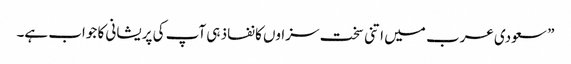
” سعودی عرب میں اتنی سخت سزاوں کا نفاذ ہی آپ کی پریشانی کا جواب ہے۔